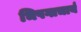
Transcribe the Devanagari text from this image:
भिषगाचार्य